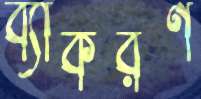
ব্যাকরণ